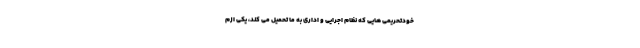
خودتحریمی هایی که نظام اجرایی و اداری به ما تحمیل می کند، یکی ازم